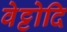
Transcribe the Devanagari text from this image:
वेट्टोदि